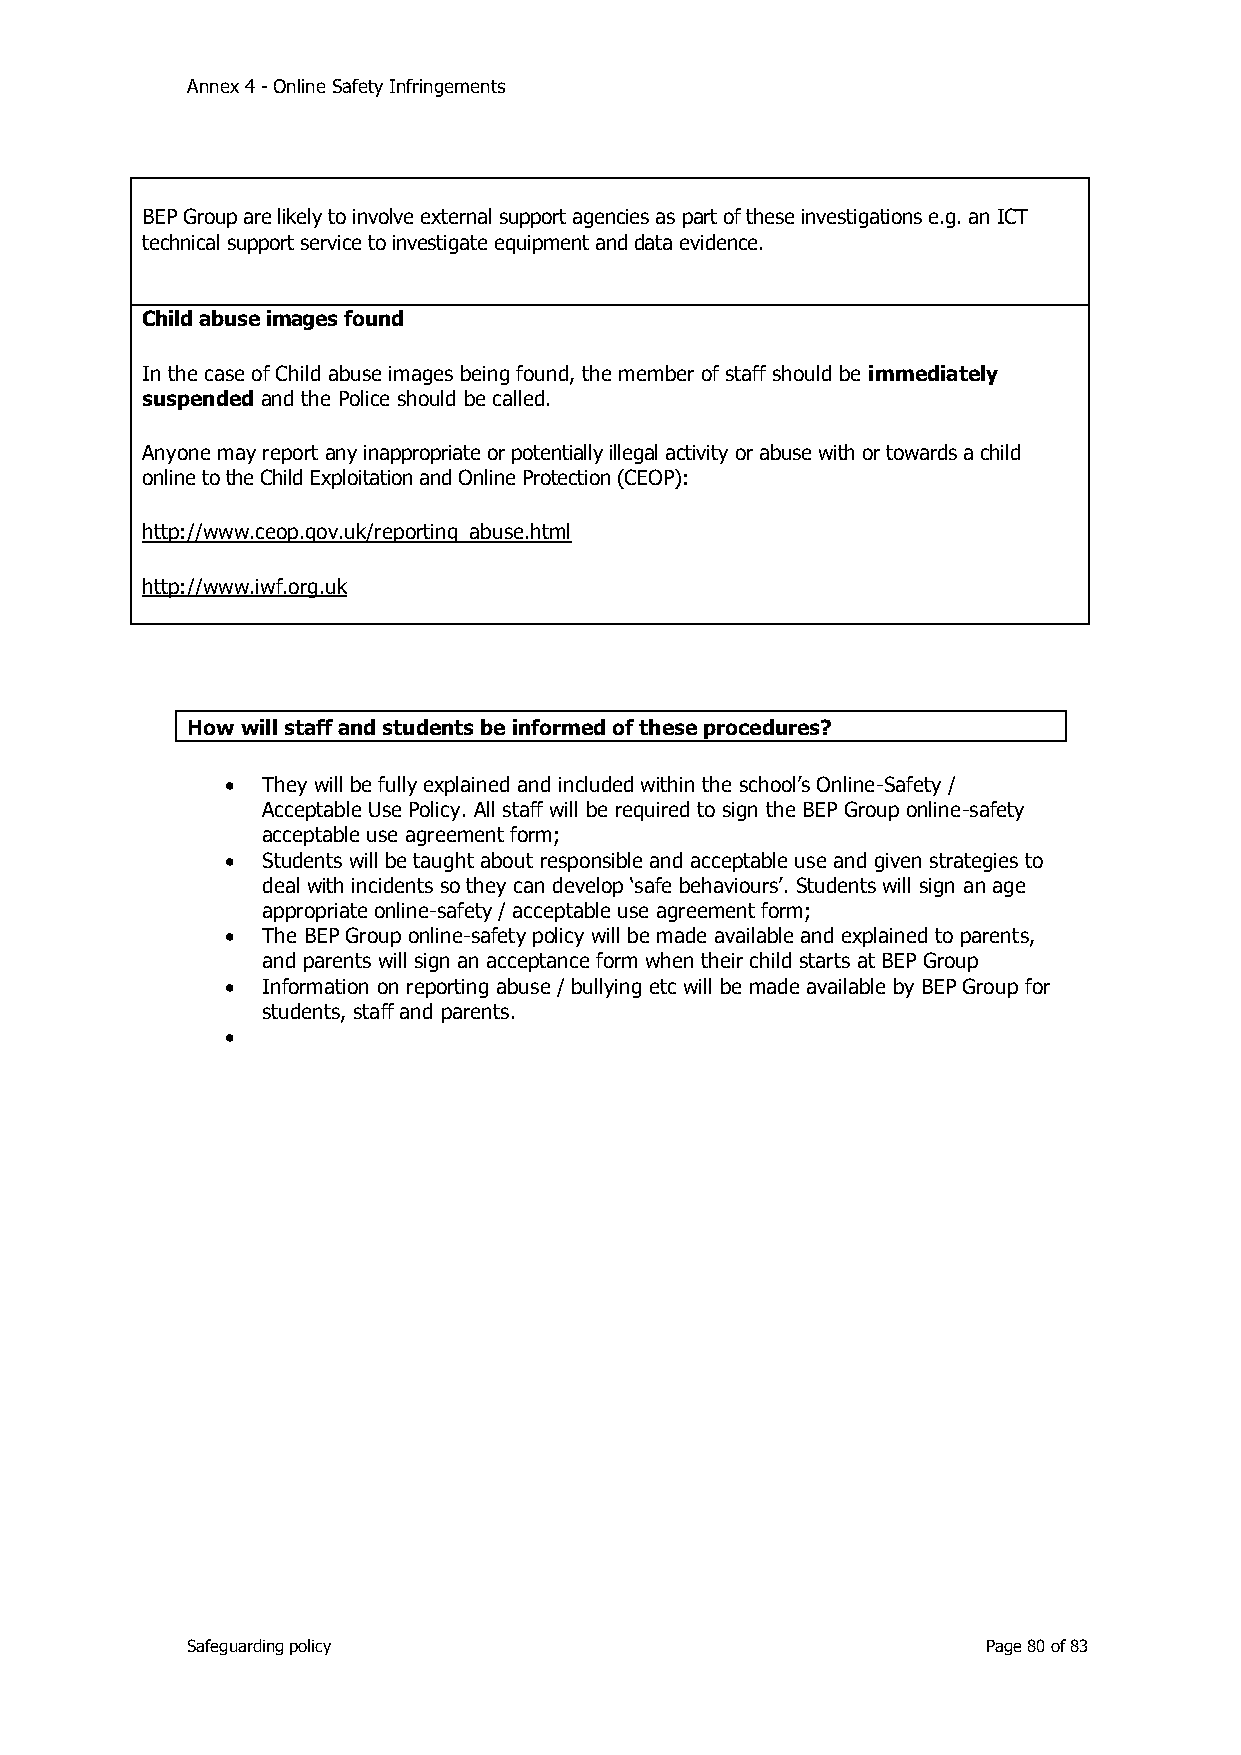
Annex 4 - Online Safety Infringements
 BEP Group are likely to involve external support agencies as part of these investigations e.g. an ICT
 technical support service to investigate equipment and data evidence.
 Child abuse images found
 In the case of Child abuse images being found, the member of staff should be immediately
 suspended and the Police should be called.
 Anyone may report any inappropriate or potentially illegal activity or abuse with or towards a child
 online to the Child Exploitation and Online Protection (CEOP):
 http://www.ceop.gov.uk/reporting_abuse.html
 http://www.iwf.org.uk
 How will staff and students be informed of these procedures?
 • They will be fully explained and included within the school’s Online-Safety /
 Acceptable Use Policy. All staff will be required to sign the BEP Group online-safety
 acceptable use agreement form;
 • Students will be taught about responsible and acceptable use and given strategies to
 deal with incidents so they can develop ‘safe behaviours’. Students will sign an age
 appropriate online-safety / acceptable use agreement form;
 • The BEP Group online-safety policy will be made available and explained to parents,
 and parents will sign an acceptance form when their child starts at BEP Group
 • Information on reporting abuse / bullying etc will be made available by BEP Group for
 students, staff and parents.
 •
 Safeguarding policy                                  Page 80 of 83